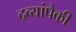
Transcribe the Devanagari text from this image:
द्रव्यांपैकी